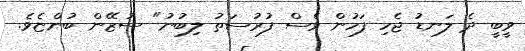
ވީބީ ދެ ލަނޑު ޖެހި ފަހުން ވެސް ފުރުސަތު ލިބުނު" ސުޒޭން ބުންޏެވެ.